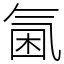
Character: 𣱣